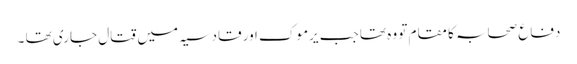
دفاع صحابہ کا مقام تو وہ تھا جب یرموک اور قادسیہ میں قتال جاری تھا ۔